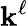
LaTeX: \mathbf{k}^{\ell}